Annual administration report of the Civil Veterinary Department of India - 1897-1898
Year: 1897
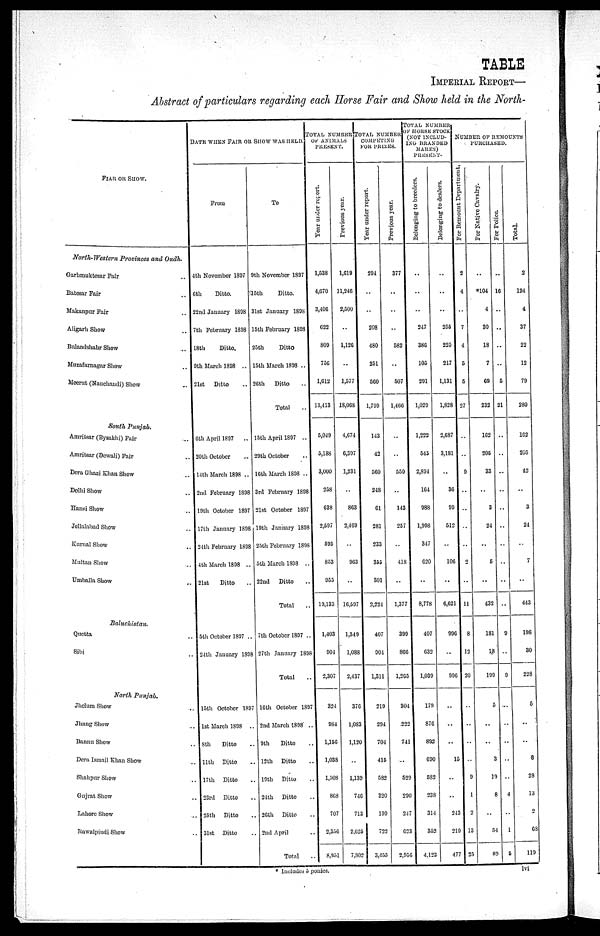
TABLE
IMPERIAL REPORT—
Abstract of particulars regarding each Horse Fair and Show held in the North—
FIAR OR SHOW.
North—Western
Provinces and Oudh.
Garhmuktesar Fair ..
Batesar Pair ..
Makanpur Fair ..
Aligarh Show ..
Bulandshahr Show ..
Muzafarnagnr Show ..
Meerut (Nauchandi) Show ..
South
Punjab.
Amritsar (Bysakhi) Fair ..
Amritsar (Dewali) Fair ..
Dera Ghazi Khan Show ..
Delhi Show ..
Hansi Show ..
Jellalabad Show ..
Kurnal Show ..
Multan Show ..
Umballa Show ..
Baluchistan.
Quetta ..
Sibi ..
North
Punjab.
Jhelnm Show ..
Jhang Show
..
Bannu Show
.
Dera Ismail Khan Show
..
Shahpur Show
..
Gujrat Show
..
Lahore Show
..
Rawalpindi Show
..
DANE WHEN FAIR OR SHOW WAS HELD.
From
4th November 1897
6th
Ditto.
22nd January 1898
7th February 1898
18th
Ditto,
9th March 1898 ..
21st
Ditto
6th April 1897
..
20th October ..
14th March 1898 ..
2nd February 1898
19th October 1897
17th January 1898
21th February 1898
4th March 1898 ..
21st
Ditto ..
5th October 1897 ..
24th January 1898
15th October 1897
1st March 1898 ..
8th
Ditto
..
11th
Ditto
..
17th
Ditto
..
23rd
Ditto
..
25th
Ditto
..
31st Ditto
..
To
9th November 1897
15th
Ditto.
31st January 1898
15th February 1898
25th
Ditto
15th March 1898 ..
26th
Ditto
Total
15th April 1897 ..
29th October ..
16th March 1898 ..
3rd February 1898
21st October 1897
19th January 1898
25th February 1898
5th March 1898 .
22nd
Ditto
..
Total
..
7th October 1897 .
27th January
1898
Total
..
16th October
1897
2nd March 1898
9th
Ditto
..
12th
Ditto
..
19th
Ditto
..
24th
Ditto
..
26th
Ditto
..
2nd April
..
Total
..
TOTAL NUMBER
OF ANIMALS
PRESENT.
Year under report.
1,538
4,670
3,406
622
809
756
1,612
13,413
5,049
5,188
3,000
258
638
2,597
695
853
955
19,133
1,403
904
2,307
324
984
1,156
1,038
1,508
868
707
2,356
8,951
Previous year.
1,619
11,246
2,500
..
1,126
..
1,577
18,068
4,674
6,397
1,231
..
863
2,469
..
963
..
16,597
1,349
1,088
2,437
376
1,083
1,120
..
1,139
746
713
2,625
7,802
TOTAL NUMBER
COMPETING
FOR PRIZES.
Year under report.
294
..
..
208
480
251
560
1,799
143
42
560
248
61
281
233
355
301
2,224
407
904
1,311
219
294
704
415
582
320
199
722
3,455
Previous year.
377
..
..
..
582
..
507
1,466
..
..
559
..
143
257
..
418
..
1,377
399
866
1,265
304
222
741
..
529
290
247
623
2,956
TOTAL NUMBER
OF HORSE STOCK
(NOT INCLUDE—
ING BRANDED
MARES)
PRESENT.
Belonging to breeders.
..
..
..
247
386
105
291
1,029
1,222
545
2,894
164
988
1,998
347
620
..
8,778
407
632
1,039
179
876
892
690
582
238
214
353
4,123
Belonging to dealers.
..
..
..
255
225
217
1,131
1,828
2,687
3,181
..
36
99
512
..
106
..
6,621
996
..
996
..
..
..
15
..
..
243
219
477
NUMBER OF REMOUNTS
PURCHASED.
For Remount Department.
2
4
..
7
4
5
5
27
..
..
9
..
..
..
2
..
11
8
12
20
..
..
..
..
9
1
2
13
25
For Native Cavalry.
..
*104
4
30
18
7
69
232
162
205
33
..
3
24
..
5
..
432
181
18
199
5
..
..
3
19
8
..
54
89
For
Police
..
16
..
..
..
..
5
21
..
..
..
..
..
..
..
..
..
..
9
9
..
..
..
..
..
4
..
1
5
Total.
2
124
4
37
22
12
79
280
162
205
42
..
3
24
..
7
..
443
198
30
228
5
..
3
28
13
2
68
119
* Includes 3 ponies.
lvi